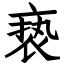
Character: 亵